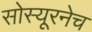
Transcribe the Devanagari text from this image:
सोस्यूरनेच